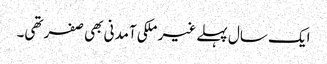
ایک سال پہلے غیر ملکی آمدنی بھی صفر تھی۔